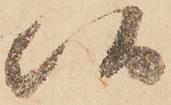
候